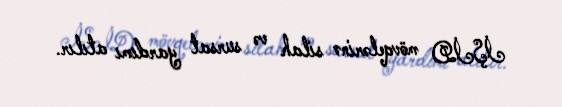
İŞİD mövqelərinə silah və sursat yardımı atılır.